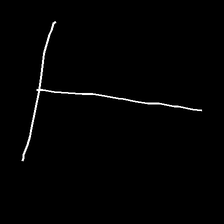
Glyph: column